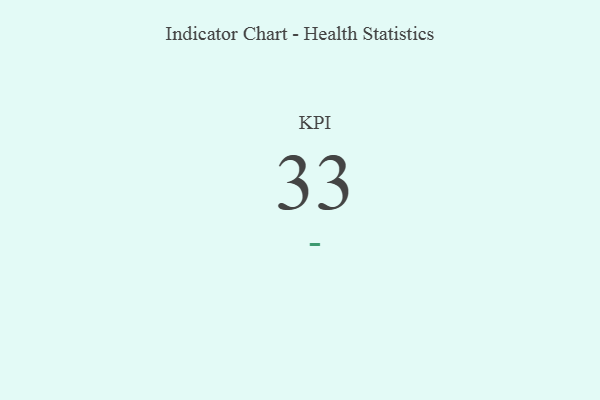
{"axis": {"x": "KPI", "y": "Value"}, "legend": [""], "data": [{"x": "KPI", "y": 33, "type": ""}]}